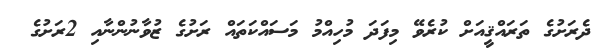
ދެރަށުގެ ތަރައްޤީއަށް ކުރެވޭ މިފަދަ މުހިއްމު މަސައްކަތައް ރަށުގެ ޒުވާނުންނާއި 2ރަށުގެ